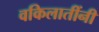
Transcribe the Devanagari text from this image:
वकिलातींनी